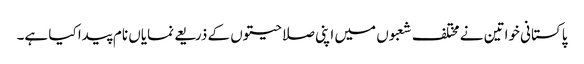
پاکستانی خواتین نے مختلف شعبوں میں اپنی صلاحیتوں کے ذریعے نمایاں نام پیدا کیا ہے۔